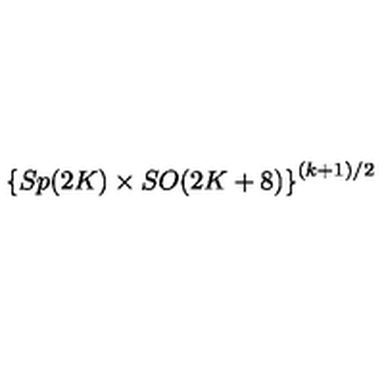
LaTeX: \left\{ S p ( 2 K ) \times S O ( 2 K + 8 ) \right\} ^ { ( k + 1 ) / 2 }